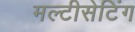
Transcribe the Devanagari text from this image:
मल्टीसेटिंग